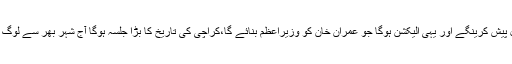
انہوں نے کہا کہ عمران خان جلسے میںکراچی کے مسائل کا حل پیش کرینگے اور یہی الیکشن ہوگا جو عمران خان کو وزیراعظم بنائے گا،کراچی کی تاریخ کا بڑا جلسہ ہوگا آج شہر بھر سے لوگ ریلیوں کی شکل میں باغ جناح پہنچیں گے اور جشن منایا جائیگا۔